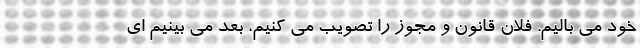
خود می بالیم. فلان قانون و مجوز را تصویب می کنیم، بعد می بینیم ای